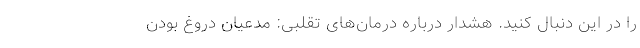
را در این دنبال کنید. هشدار درباره درمان‌های تقلبی: مدعیان دروغ بودن